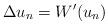
LaTeX: \begin{align*}\Delta u_n =W'(u_n) \end{align*}